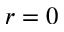
r = 0